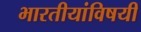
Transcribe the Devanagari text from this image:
भारतीयांविषयी